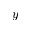
y